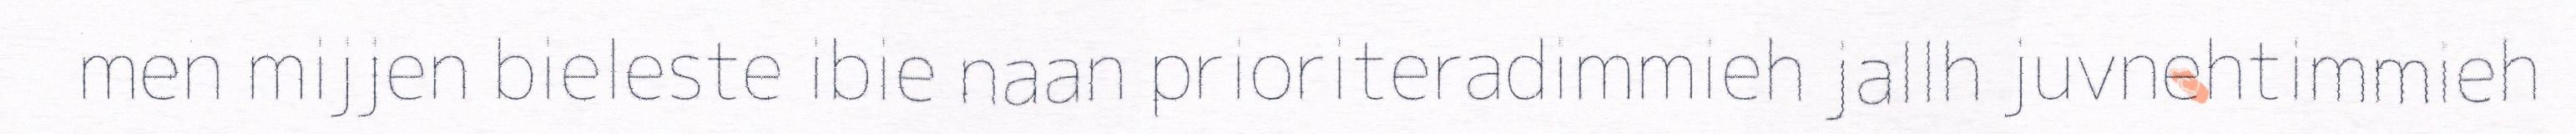
men mijjen bieleste ibie naan prioriteradimmieh jallh juvnehtimmieh